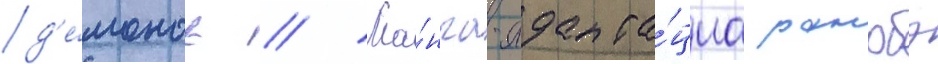
д'е́монов // Ма́нга-адапта́циа ранобэ